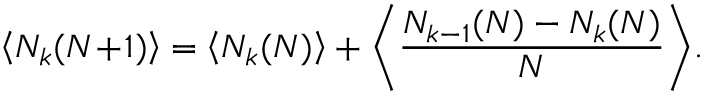
\left\langle N _ { k } ( N \! + \! 1 ) \right\rangle = \left\langle N _ { k } ( N ) \right\rangle + \bigg \langle \frac { N _ { k - 1 } ( N ) - N _ { k } ( N ) } { N } \bigg \rangle .